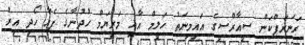
ރަނަރަޕްކަން ސީއާރްސީގެ އައިމިނަތު ހަލީމް އާއި މަރިޔަމް ހުދުނާގެ ޕެއާ ހޯދި އިރު